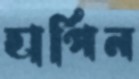
হার্পিন